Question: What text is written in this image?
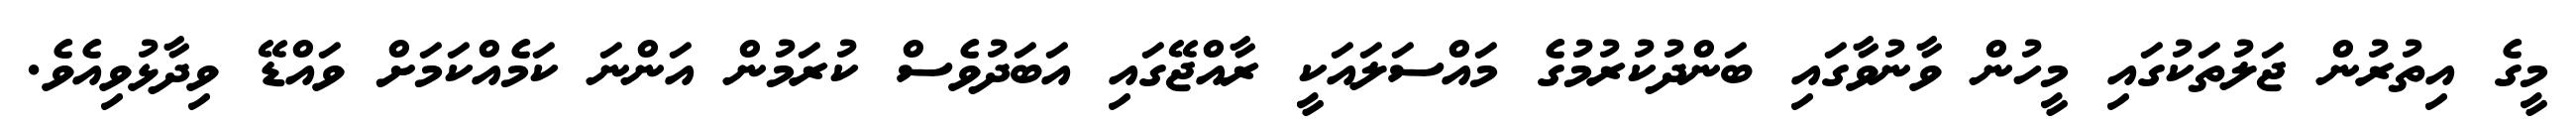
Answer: މީގެ އިތުރުން ޖަލުތަކުގައި މީހުން ވާނުވާގައި ބަންދުކުރުމުގެ މައްސަލައަކީ ރާއްޖޭގައި އަބަދުވެސް ކުރަމުން އަންނަ ކަމެއްކަމަށް ވައްޑޭ ވިދާޅުވިއެވެ.